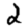
Digit: 2